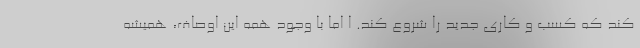
کند که کسب و کاری جدید را شروع کند. ا اما با وجود همه این اوصاف، همیشه